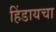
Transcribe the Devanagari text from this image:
हिंडायचा